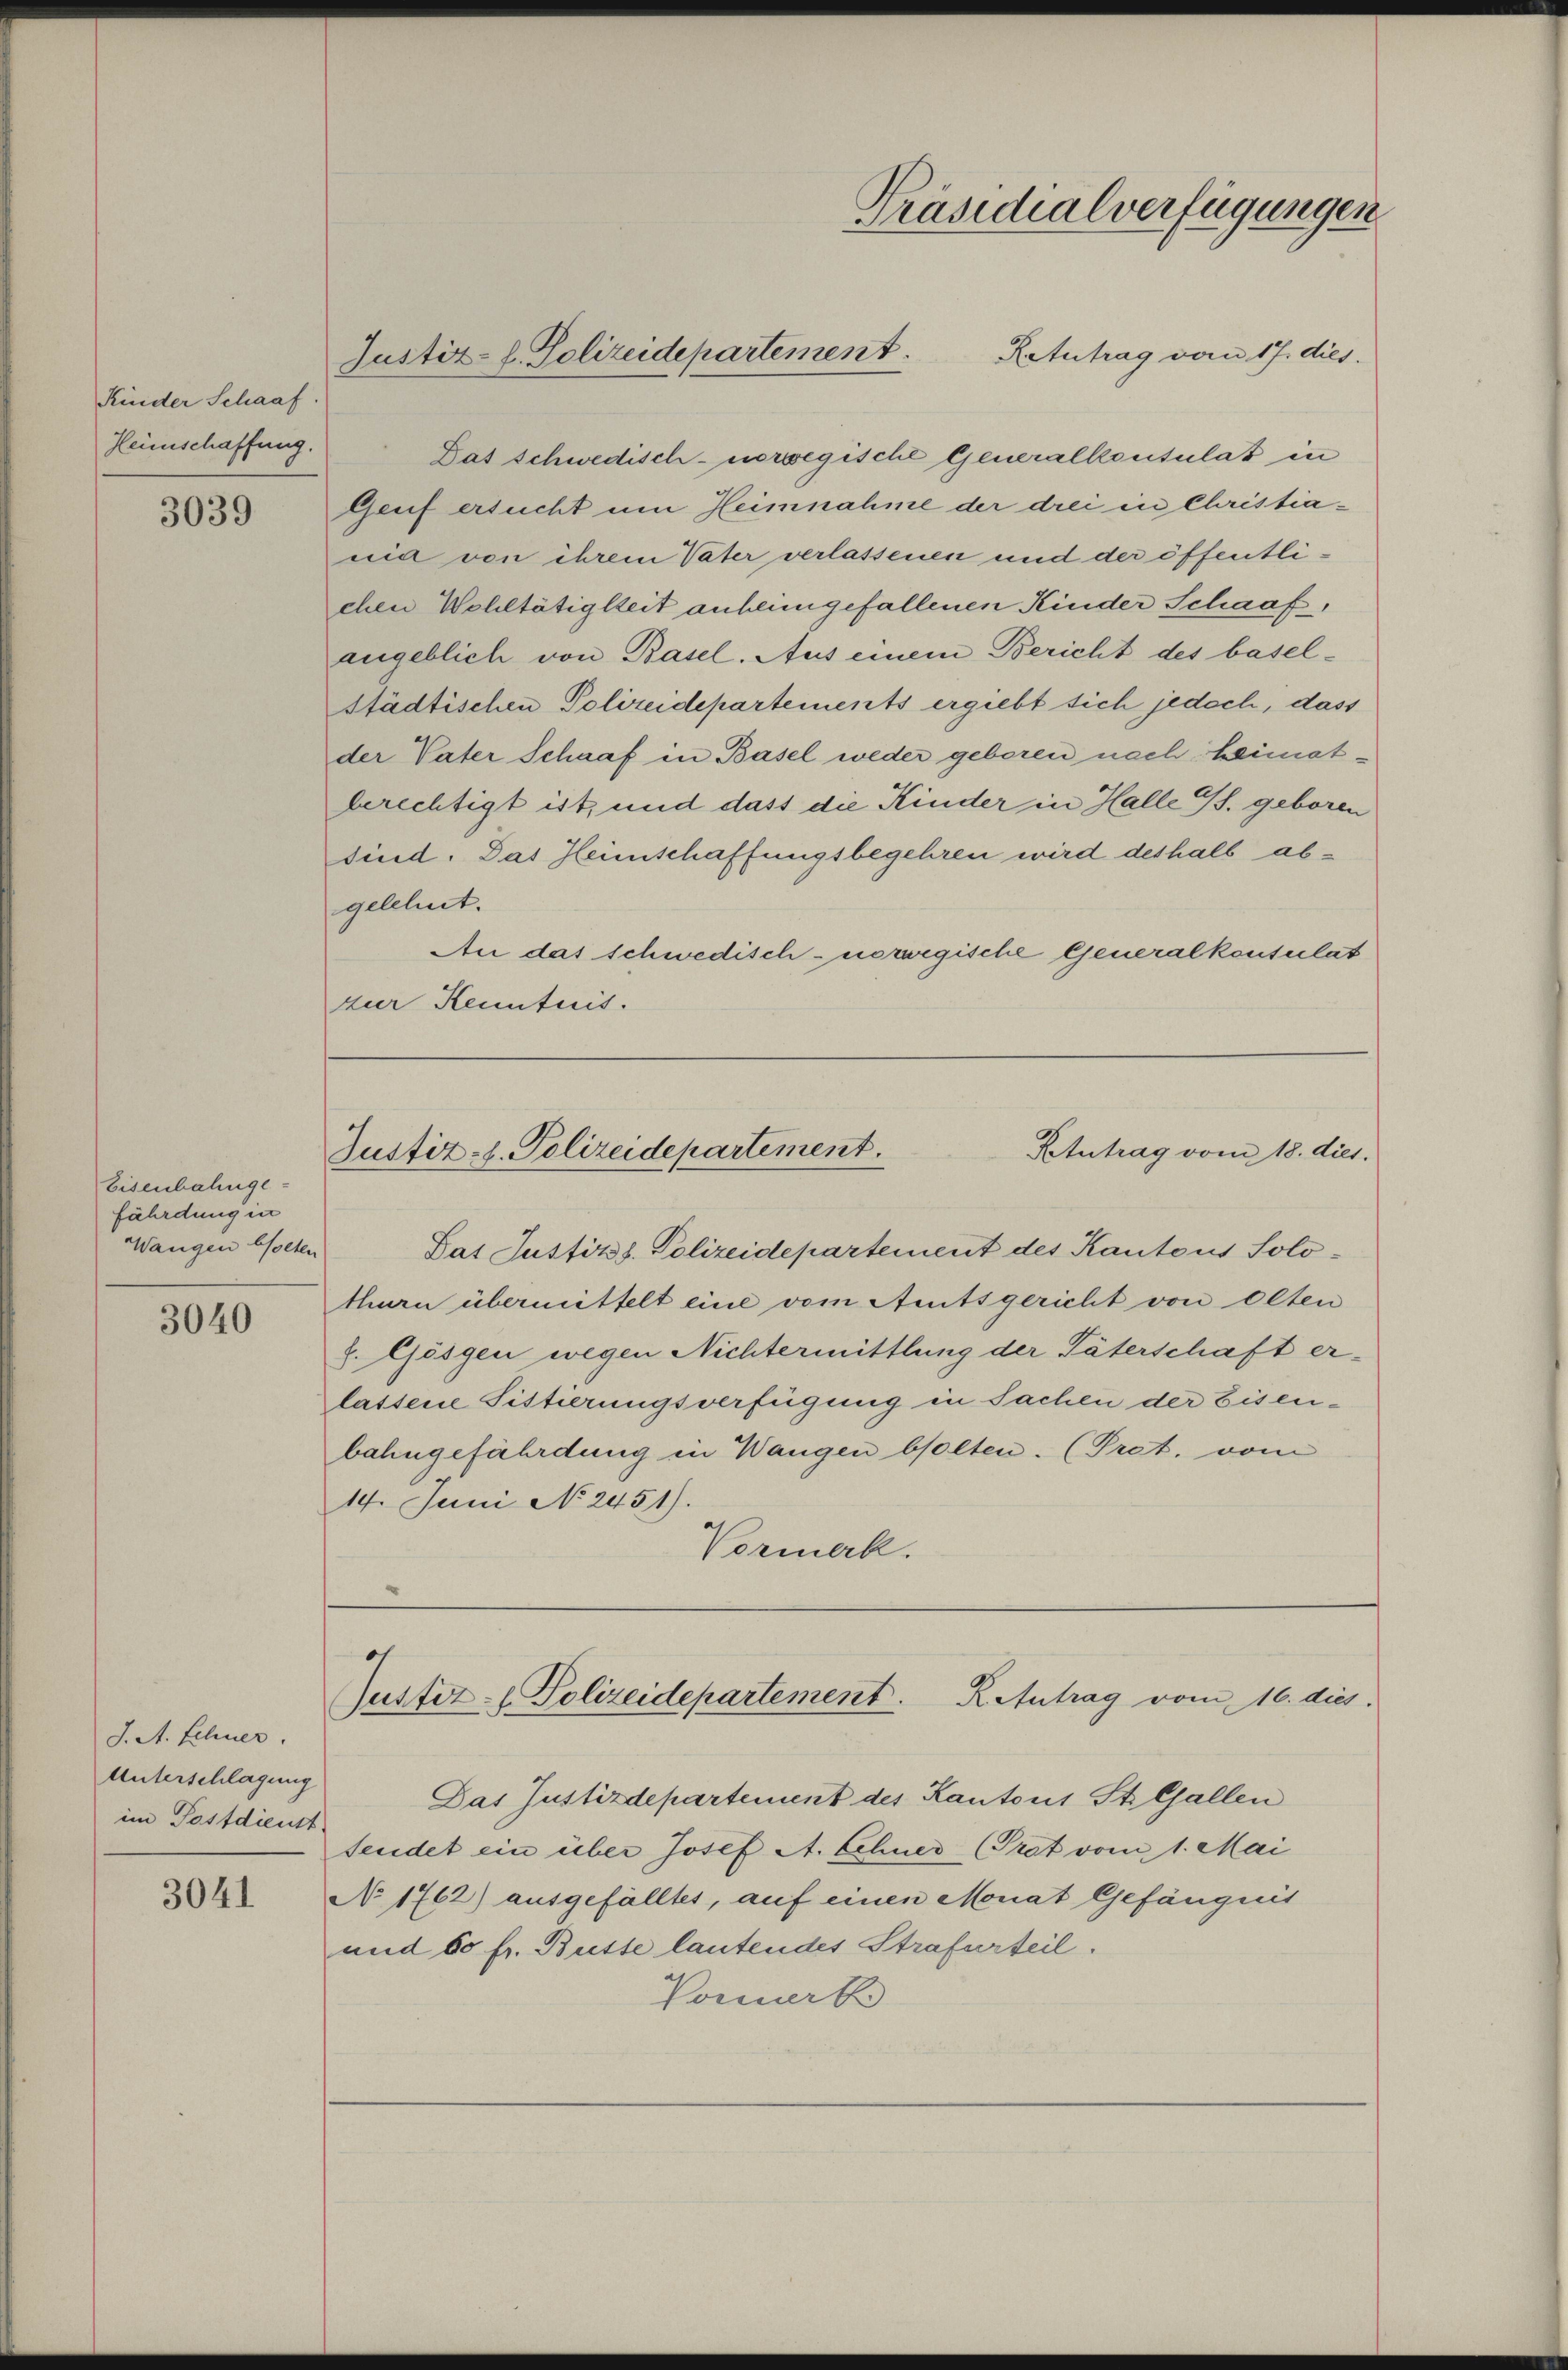
Kinder Schaaf
Heimschaffung.

3039

Eisenbahnge-
fährdung in
Wangen beseten

3040

J. A. Schner.
Unterschlagung
im Postdienst

3041

Retutrag vom 17. dies
Das schwedisch- norwegische Generalkonsulat in
Genf ersucht um Heimnahme der drei in Christianid von ihrem Vater verlassenen und der öffentlichen Wohltätigkeit anheimgefallenen Kinder Schaaf,
angeblich von Basel. Aus einem Bericht des basel-
städtischen Polizeidepartements ergiebt sich jedoch, dass
der Vater Schaaf in Basel weder geboren nach heimatberechtigt ist, und dass die Kinder in Halle Gs. geboren
sind. Das Heimschaffungsbegehren wird deshalb abgelehnt.
An das schwedisch-norwegische Generalkonsulat
zur Kenntnis.

Justiz-C. Polizeidepartement.

Präsidialverfügungen

Ktntrag vom 18. dies.
Justiz-L. Polizeidepartement.

Das Justizs. Polizeidepartement des Kantons Solothurn übermittelt eine vom Amtsgericht von Olten
8. Gösgen wegen Nichtermittlung der Täterschaft erlassene Fittierungsverfügung in Sachen der Eisenbahngefährdung in Wangen bolten. (Pret. vom
14. Juni No 2451).
Vormerk.

Das Justizdepartement des Kantons St. Gallen
sendet ein über Josef A. Schner (Prat vom 1. Mai
No 1762) ausgefälltes, auf einen Monat Gefängnis
und 50 fr. Busse lautendes Strafverteil.
Pomerk

Justiz- & Polizeidepartement. K. Antrag vom 16. dies